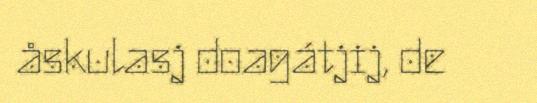
åskulasj doagátjij, de